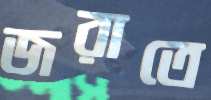
জরাতে